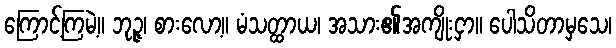
ကြောင့်ကြမဲ့။ ဘုဉ္ဇ၊ စားလော့။ မံသတ္ထာယ၊ အသား၏အကျိုးငှာ။ ပေါသိတာမှသေ၊